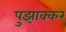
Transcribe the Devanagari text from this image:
पुझाक्कर